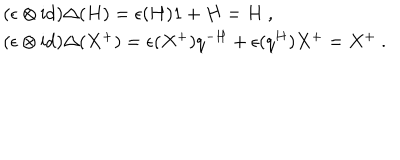
LaTeX: \begin{array} { r c l } { { } } & { { } } & { { ( \epsilon \otimes \mathrm { i d } ) \Delta ( H ) = \epsilon ( H ) 1 + H = H ~ , } } \\ { { } } & { { } } & { { ( \epsilon \otimes \mathrm { i d } ) \Delta ( X ^ { + } ) = \epsilon ( X ^ { + } ) q ^ { - H } + \epsilon ( q ^ { H } ) X ^ { + } = X ^ { + } ~ . } } \\ \end{array}